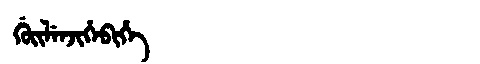
Manchu: ᡤᡠᡳᠯᡝᠨᠵᡳᡥᡝᠪᡳᡥᡝ
Romanization: GUILENJIHEBIHE